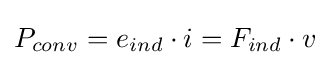
P_{conv}=e_{ind}\cdot i=F_{ind}\cdot v